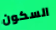
السكون